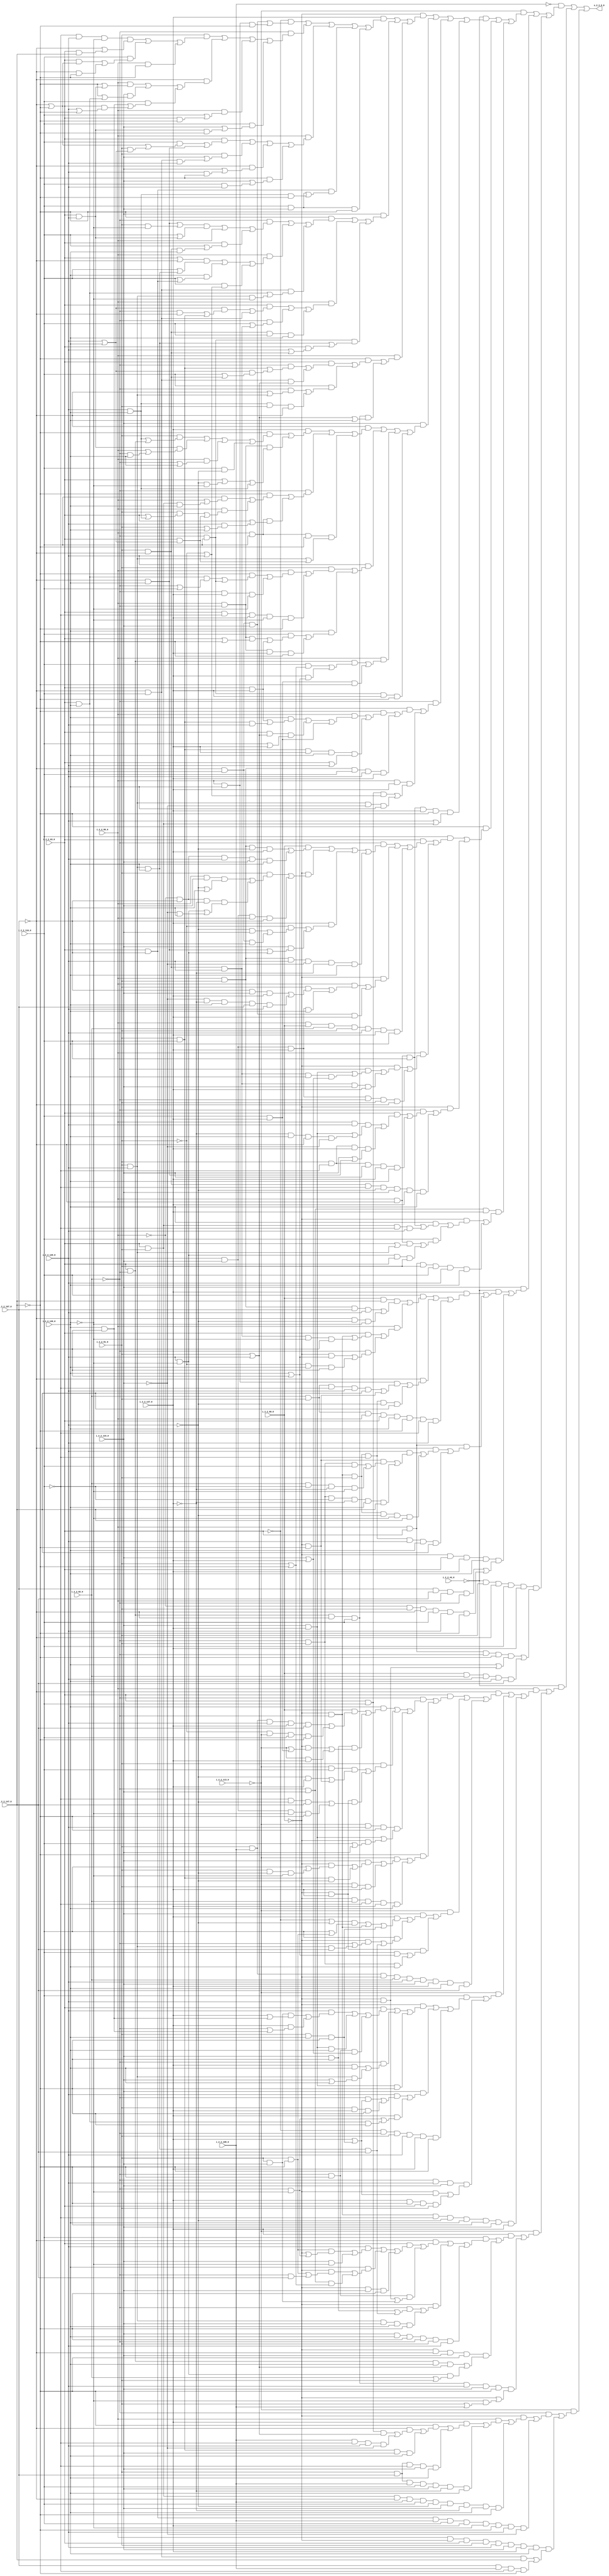
module kernel_2_2 ( 
    i_2_2_43_0, i_2_2_58_0, i_2_2_60_0, i_2_2_63_0, i_2_2_82_0, i_2_2_91_0,
    i_2_2_107_0, i_2_2_108_0, i_2_2_113_0, i_2_2_116_0, i_2_2_129_0,
    i_2_2_134_0, i_2_2_137_0, i_2_2_139_0, i_2_2_147_0,
    o_2_2_0_0  );
  input  i_2_2_43_0, i_2_2_58_0, i_2_2_60_0, i_2_2_63_0, i_2_2_82_0,
    i_2_2_91_0, i_2_2_107_0, i_2_2_108_0, i_2_2_113_0, i_2_2_116_0,
    i_2_2_129_0, i_2_2_134_0, i_2_2_137_0, i_2_2_139_0, i_2_2_147_0;
  output o_2_2_0_0;
  assign o_2_2_0_0 = (~i_2_2_108_0 & ((~i_2_2_113_0 & ((~i_2_2_43_0 & ((~i_2_2_60_0 & ((i_2_2_137_0 & ((~i_2_2_63_0 & ((~i_2_2_107_0 & i_2_2_129_0 & i_2_2_134_0) | (i_2_2_58_0 & i_2_2_139_0 & ~i_2_2_147_0))) | (~i_2_2_82_0 & ((i_2_2_91_0 & ((~i_2_2_116_0 & i_2_2_129_0 & ~i_2_2_139_0 & (~i_2_2_107_0 | (i_2_2_63_0 & i_2_2_147_0))) | (i_2_2_116_0 & ((i_2_2_63_0 & (~i_2_2_107_0 | ~i_2_2_147_0)) | (~i_2_2_107_0 & ~i_2_2_147_0))) | (i_2_2_58_0 & ~i_2_2_147_0))) | (~i_2_2_107_0 & ((i_2_2_58_0 & (~i_2_2_147_0 | (i_2_2_63_0 & i_2_2_129_0))) | (i_2_2_134_0 & (~i_2_2_147_0 | (i_2_2_63_0 & i_2_2_139_0))) | (i_2_2_116_0 & ((i_2_2_139_0 & ~i_2_2_147_0) | (i_2_2_63_0 & (i_2_2_129_0 | ~i_2_2_147_0)))))) | (i_2_2_58_0 & (i_2_2_116_0 | (i_2_2_63_0 & ~i_2_2_147_0))) | (i_2_2_116_0 & (i_2_2_134_0 | (i_2_2_63_0 & i_2_2_129_0 & ~i_2_2_147_0))))) | (i_2_2_58_0 & ((i_2_2_63_0 & ((i_2_2_116_0 & (~i_2_2_107_0 | ~i_2_2_147_0 | (i_2_2_91_0 & (i_2_2_129_0 | i_2_2_139_0)))) | (~i_2_2_107_0 & i_2_2_139_0))) | (i_2_2_91_0 & (i_2_2_134_0 | (~i_2_2_107_0 & i_2_2_116_0 & i_2_2_129_0))) | (~i_2_2_107_0 & (i_2_2_134_0 | (i_2_2_129_0 & ~i_2_2_147_0))) | (~i_2_2_147_0 & (i_2_2_134_0 | (i_2_2_116_0 & i_2_2_129_0))))) | (i_2_2_63_0 & ~i_2_2_107_0 & ((i_2_2_116_0 & i_2_2_134_0) | (i_2_2_129_0 & i_2_2_139_0 & ~i_2_2_147_0))) | (i_2_2_116_0 & i_2_2_134_0 & ~i_2_2_147_0))) | (i_2_2_134_0 & ((~i_2_2_147_0 & ((~i_2_2_82_0 & ((((~i_2_2_107_0 & i_2_2_139_0) | (i_2_2_91_0 & ~i_2_2_139_0)) & (i_2_2_116_0 | (i_2_2_63_0 & i_2_2_129_0))) | i_2_2_58_0 | (i_2_2_63_0 & (i_2_2_116_0 | (i_2_2_91_0 & ~i_2_2_107_0 & i_2_2_139_0))))) | (i_2_2_58_0 & (((i_2_2_63_0 | ~i_2_2_107_0) & (i_2_2_116_0 | (i_2_2_91_0 & i_2_2_129_0 & i_2_2_139_0))) | (i_2_2_139_0 & (i_2_2_116_0 | (i_2_2_63_0 & ~i_2_2_107_0))) | (i_2_2_116_0 & (~i_2_2_91_0 | i_2_2_129_0)))) | (~i_2_2_107_0 & i_2_2_116_0 & ((i_2_2_63_0 & i_2_2_139_0) | (i_2_2_91_0 & i_2_2_129_0 & ~i_2_2_139_0))))) | (i_2_2_58_0 & ((i_2_2_63_0 & (((i_2_2_129_0 | i_2_2_139_0) & ((~i_2_2_82_0 & ~i_2_2_107_0) | (i_2_2_91_0 & i_2_2_116_0))) | (~i_2_2_107_0 & i_2_2_116_0))) | (~i_2_2_82_0 & (i_2_2_116_0 | (i_2_2_91_0 & ~i_2_2_107_0 & i_2_2_129_0))) | (i_2_2_91_0 & ~i_2_2_107_0 & i_2_2_116_0 & i_2_2_139_0))) | (~i_2_2_82_0 & i_2_2_116_0 & ((i_2_2_91_0 & i_2_2_129_0 & i_2_2_139_0) | (i_2_2_63_0 & (i_2_2_129_0 | (i_2_2_91_0 & ~i_2_2_107_0))))))) | (i_2_2_58_0 & ((~i_2_2_147_0 & ((i_2_2_63_0 & ((~i_2_2_82_0 & ((i_2_2_91_0 & i_2_2_116_0) | ((i_2_2_129_0 | i_2_2_139_0) & (i_2_2_116_0 | (i_2_2_91_0 & ~i_2_2_107_0))))) | (~i_2_2_107_0 & i_2_2_116_0 & (i_2_2_91_0 | i_2_2_129_0)))) | (i_2_2_116_0 & ((~i_2_2_82_0 & (~i_2_2_107_0 | (i_2_2_91_0 & i_2_2_129_0))) | (i_2_2_129_0 & i_2_2_139_0 & i_2_2_91_0 & ~i_2_2_107_0))))) | (i_2_2_63_0 & ~i_2_2_82_0 & ~i_2_2_107_0 & i_2_2_116_0 & (i_2_2_91_0 | i_2_2_129_0 | i_2_2_139_0)))))) | (i_2_2_134_0 & ((~i_2_2_107_0 & ((i_2_2_137_0 & ((~i_2_2_147_0 & ((i_2_2_91_0 & ((i_2_2_129_0 & i_2_2_139_0) | (i_2_2_63_0 & ~i_2_2_82_0))) | (i_2_2_63_0 & i_2_2_129_0 & (i_2_2_58_0 | (~i_2_2_82_0 & i_2_2_139_0))) | (i_2_2_58_0 & (~i_2_2_82_0 | i_2_2_139_0)) | (i_2_2_116_0 & ~i_2_2_129_0))) | (i_2_2_58_0 & ~i_2_2_82_0 & (i_2_2_63_0 | (~i_2_2_129_0 & ~i_2_2_139_0) | (i_2_2_129_0 & i_2_2_139_0))))) | (~i_2_2_82_0 & ((~i_2_2_147_0 & ((i_2_2_116_0 & (i_2_2_58_0 | (i_2_2_63_0 & i_2_2_91_0 & i_2_2_139_0))) | (i_2_2_58_0 & ((i_2_2_91_0 & (i_2_2_63_0 | (i_2_2_129_0 & i_2_2_139_0))) | (i_2_2_63_0 & (i_2_2_129_0 | i_2_2_139_0)))))) | (i_2_2_58_0 & i_2_2_116_0 & (i_2_2_63_0 | (i_2_2_129_0 & (i_2_2_91_0 | i_2_2_139_0)))))) | (i_2_2_58_0 & i_2_2_116_0 & ~i_2_2_147_0 & ((i_2_2_91_0 & i_2_2_129_0) | (i_2_2_63_0 & (i_2_2_129_0 | i_2_2_139_0)))))) | (i_2_2_129_0 & ((i_2_2_91_0 & ((i_2_2_58_0 & ((~i_2_2_147_0 & ((i_2_2_63_0 & i_2_2_139_0 & (~i_2_2_82_0 | i_2_2_116_0)) | (~i_2_2_82_0 & i_2_2_116_0))) | (~i_2_2_82_0 & i_2_2_137_0 & ~i_2_2_139_0))) | (i_2_2_63_0 & ~i_2_2_116_0 & i_2_2_137_0 & ~i_2_2_139_0 & ~i_2_2_147_0))) | (i_2_2_139_0 & ((i_2_2_116_0 & ((i_2_2_58_0 & ~i_2_2_82_0 & (i_2_2_63_0 | ~i_2_2_147_0)) | (i_2_2_63_0 & i_2_2_137_0))) | (i_2_2_58_0 & ~i_2_2_82_0 & i_2_2_137_0 & ~i_2_2_147_0))))) | (i_2_2_58_0 & ((i_2_2_63_0 & ~i_2_2_82_0 & ((i_2_2_116_0 & (i_2_2_91_0 | ~i_2_2_147_0)) | (i_2_2_137_0 & (i_2_2_139_0 | ~i_2_2_147_0)))) | (i_2_2_116_0 & i_2_2_137_0 & ~i_2_2_147_0))) | (~i_2_2_82_0 & i_2_2_116_0 & i_2_2_137_0 & ~i_2_2_147_0))) | (~i_2_2_82_0 & ((~i_2_2_107_0 & ((~i_2_2_147_0 & ((i_2_2_58_0 & ((i_2_2_139_0 & ((i_2_2_63_0 & i_2_2_137_0) | (i_2_2_91_0 & i_2_2_116_0 & i_2_2_129_0))) | (i_2_2_63_0 & (i_2_2_91_0 | i_2_2_129_0) & (i_2_2_116_0 | i_2_2_137_0)) | (i_2_2_116_0 & i_2_2_137_0))) | (i_2_2_91_0 & i_2_2_116_0 & i_2_2_137_0 & i_2_2_139_0 & (i_2_2_63_0 | i_2_2_129_0)))) | (i_2_2_58_0 & i_2_2_91_0 & i_2_2_116_0 & i_2_2_129_0 & i_2_2_137_0))) | (i_2_2_58_0 & i_2_2_137_0 & ((i_2_2_63_0 & i_2_2_116_0 & (~i_2_2_91_0 | i_2_2_129_0)) | (i_2_2_91_0 & i_2_2_129_0 & ~i_2_2_134_0 & i_2_2_139_0))))) | (i_2_2_58_0 & ~i_2_2_107_0 & i_2_2_116_0 & i_2_2_137_0 & ~i_2_2_147_0 & (i_2_2_129_0 | (i_2_2_63_0 & i_2_2_91_0))))) | (~i_2_2_147_0 & ((i_2_2_116_0 & ((i_2_2_63_0 & ((~i_2_2_82_0 & ((i_2_2_60_0 & ((i_2_2_58_0 & i_2_2_91_0 & ~i_2_2_129_0 & i_2_2_137_0) | (~i_2_2_58_0 & ~i_2_2_107_0 & i_2_2_129_0 & i_2_2_134_0 & i_2_2_139_0))) | (~i_2_2_60_0 & ((i_2_2_91_0 & ((i_2_2_58_0 & i_2_2_134_0 & (~i_2_2_129_0 | i_2_2_139_0)) | (~i_2_2_58_0 & ~i_2_2_107_0 & ~i_2_2_137_0 & ((i_2_2_129_0 & ~i_2_2_139_0) | (~i_2_2_134_0 & i_2_2_139_0))))) | (i_2_2_129_0 & i_2_2_134_0 & i_2_2_58_0 & ~i_2_2_107_0))) | (i_2_2_137_0 & ((~i_2_2_91_0 & ((~i_2_2_129_0 & i_2_2_134_0) | (~i_2_2_107_0 & i_2_2_129_0 & i_2_2_139_0))) | (i_2_2_134_0 & ((~i_2_2_107_0 & i_2_2_139_0) | (i_2_2_129_0 & ~i_2_2_139_0))))) | (i_2_2_58_0 & i_2_2_91_0 & i_2_2_129_0 & ~i_2_2_134_0 & ~i_2_2_137_0 & i_2_2_139_0))) | (~i_2_2_60_0 & ((i_2_2_58_0 & ((i_2_2_91_0 & ((~i_2_2_107_0 & i_2_2_134_0 & i_2_2_137_0) | (~i_2_2_134_0 & ~i_2_2_137_0 & i_2_2_139_0 & i_2_2_107_0 & i_2_2_129_0))) | (i_2_2_129_0 & i_2_2_134_0 & i_2_2_137_0 & i_2_2_139_0))) | (~i_2_2_107_0 & i_2_2_129_0 & i_2_2_134_0 & i_2_2_137_0))) | (i_2_2_58_0 & i_2_2_60_0 & i_2_2_82_0 & i_2_2_91_0 & i_2_2_129_0 & i_2_2_137_0 & i_2_2_139_0))) | (i_2_2_58_0 & ((~i_2_2_60_0 & ((~i_2_2_82_0 & ((i_2_2_134_0 & i_2_2_137_0) | (i_2_2_91_0 & ~i_2_2_107_0 & i_2_2_129_0 & i_2_2_139_0 & (i_2_2_134_0 | i_2_2_137_0)))) | (i_2_2_91_0 & ~i_2_2_107_0 & i_2_2_129_0 & i_2_2_134_0 & i_2_2_137_0))) | (i_2_2_129_0 & i_2_2_134_0 & i_2_2_137_0 & ~i_2_2_82_0 & i_2_2_91_0 & ~i_2_2_107_0))))) | (~i_2_2_60_0 & ((~i_2_2_82_0 & ((i_2_2_63_0 & ((i_2_2_58_0 & i_2_2_129_0 & ((i_2_2_134_0 & i_2_2_137_0) | (~i_2_2_137_0 & i_2_2_139_0 & ~i_2_2_107_0 & ~i_2_2_134_0))) | (i_2_2_91_0 & ~i_2_2_116_0 & i_2_2_137_0 & (i_2_2_134_0 | (~i_2_2_107_0 & i_2_2_139_0))))) | (i_2_2_91_0 & ~i_2_2_116_0 & i_2_2_134_0 & i_2_2_137_0 & i_2_2_139_0))) | (i_2_2_91_0 & ~i_2_2_107_0 & ~i_2_2_116_0 & ~i_2_2_129_0 & i_2_2_134_0 & i_2_2_137_0 & i_2_2_139_0))))) | (~i_2_2_82_0 & i_2_2_134_0 & i_2_2_137_0 & ((~i_2_2_60_0 & ((i_2_2_139_0 & ((i_2_2_58_0 & ~i_2_2_107_0 & i_2_2_116_0) | (i_2_2_63_0 & i_2_2_91_0 & ~i_2_2_116_0 & i_2_2_129_0))) | (i_2_2_116_0 & ((i_2_2_58_0 & ~i_2_2_107_0 & (i_2_2_63_0 | (i_2_2_91_0 & i_2_2_129_0))) | (i_2_2_129_0 & ~i_2_2_139_0 & i_2_2_63_0 & i_2_2_91_0))))) | (i_2_2_58_0 & i_2_2_63_0 & i_2_2_91_0 & i_2_2_116_0 & i_2_2_129_0 & i_2_2_139_0))))) | (i_2_2_134_0 & ((~i_2_2_43_0 & ((i_2_2_137_0 & ((i_2_2_116_0 & ((i_2_2_60_0 & i_2_2_147_0 & ((i_2_2_58_0 & i_2_2_91_0 & i_2_2_107_0 & i_2_2_129_0) | (~i_2_2_107_0 & ~i_2_2_129_0 & ~i_2_2_139_0))) | (i_2_2_58_0 & ((i_2_2_63_0 & ((~i_2_2_60_0 & ~i_2_2_82_0) | (i_2_2_91_0 & ~i_2_2_107_0 & i_2_2_129_0 & ~i_2_2_139_0 & ~i_2_2_147_0))) | (~i_2_2_82_0 & ((~i_2_2_60_0 & (i_2_2_139_0 | ~i_2_2_147_0)) | (~i_2_2_91_0 & i_2_2_139_0 & ~i_2_2_147_0))))))) | (~i_2_2_107_0 & ((i_2_2_58_0 & i_2_2_139_0 & ((i_2_2_82_0 & i_2_2_91_0 & ~i_2_2_116_0 & i_2_2_129_0 & i_2_2_147_0) | (~i_2_2_60_0 & ~i_2_2_147_0))) | (~i_2_2_60_0 & ~i_2_2_82_0 & i_2_2_91_0 & ~i_2_2_116_0 & ~i_2_2_129_0 & i_2_2_147_0))) | (i_2_2_82_0 & i_2_2_91_0 & i_2_2_58_0 & i_2_2_63_0 & i_2_2_139_0 & ~i_2_2_147_0 & ~i_2_2_116_0 & i_2_2_129_0))) | (i_2_2_58_0 & i_2_2_63_0 & ((~i_2_2_107_0 & ((i_2_2_129_0 & ((~i_2_2_60_0 & ~i_2_2_147_0 & ((~i_2_2_82_0 & i_2_2_91_0 & i_2_2_116_0) | (i_2_2_82_0 & ~i_2_2_116_0 & ~i_2_2_137_0 & ~i_2_2_139_0))) | (~i_2_2_82_0 & i_2_2_91_0 & ~i_2_2_116_0 & ~i_2_2_137_0 & i_2_2_139_0 & i_2_2_147_0))) | (~i_2_2_60_0 & ~i_2_2_82_0 & i_2_2_91_0 & ~i_2_2_129_0 & ~i_2_2_139_0 & i_2_2_147_0))) | (~i_2_2_60_0 & ~i_2_2_82_0 & i_2_2_91_0 & ~i_2_2_116_0 & i_2_2_129_0 & i_2_2_139_0 & i_2_2_147_0))))) | (~i_2_2_60_0 & i_2_2_63_0 & i_2_2_137_0 & i_2_2_139_0 & ((i_2_2_107_0 & i_2_2_147_0 & i_2_2_58_0 & ~i_2_2_82_0) | (~i_2_2_58_0 & i_2_2_91_0 & ~i_2_2_107_0 & i_2_2_116_0 & i_2_2_129_0 & ~i_2_2_147_0))))) | (~i_2_2_43_0 & i_2_2_91_0 & ~i_2_2_107_0 & i_2_2_116_0 & i_2_2_137_0 & ((i_2_2_58_0 & i_2_2_63_0 & ~i_2_2_82_0 & ~i_2_2_147_0 & (i_2_2_139_0 | (~i_2_2_60_0 & i_2_2_129_0))) | (i_2_2_60_0 & i_2_2_82_0 & i_2_2_129_0 & i_2_2_139_0 & i_2_2_147_0))))) | (~i_2_2_43_0 & ((i_2_2_58_0 & ((~i_2_2_107_0 & ((i_2_2_63_0 & ((~i_2_2_82_0 & ((i_2_2_139_0 & ((i_2_2_60_0 & ((i_2_2_91_0 & i_2_2_108_0 & i_2_2_129_0 & i_2_2_137_0 & i_2_2_147_0) | (~i_2_2_91_0 & ~i_2_2_113_0 & i_2_2_116_0 & ~i_2_2_147_0))) | (i_2_2_134_0 & ~i_2_2_147_0 & ((~i_2_2_60_0 & (~i_2_2_113_0 | (i_2_2_116_0 & i_2_2_137_0))) | (~i_2_2_113_0 & i_2_2_137_0))))) | (i_2_2_91_0 & ((~i_2_2_113_0 & i_2_2_116_0 & ((~i_2_2_129_0 & i_2_2_137_0) | (~i_2_2_60_0 & ~i_2_2_147_0))) | (~i_2_2_60_0 & i_2_2_137_0 & ((~i_2_2_116_0 & ~i_2_2_129_0 & i_2_2_147_0) | (i_2_2_129_0 & i_2_2_134_0 & ~i_2_2_139_0 & ~i_2_2_147_0))))) | (~i_2_2_113_0 & i_2_2_129_0 & ~i_2_2_147_0 & ((i_2_2_134_0 & i_2_2_137_0) | (~i_2_2_60_0 & (i_2_2_116_0 | i_2_2_134_0)))))) | (~i_2_2_147_0 & ((~i_2_2_113_0 & ((i_2_2_134_0 & ((~i_2_2_60_0 & (i_2_2_116_0 | (i_2_2_91_0 & ~i_2_2_129_0 & ~i_2_2_139_0))) | (i_2_2_91_0 & i_2_2_116_0 & ~i_2_2_129_0))) | (~i_2_2_60_0 & i_2_2_91_0 & i_2_2_137_0))) | (~i_2_2_60_0 & i_2_2_82_0 & ~i_2_2_116_0 & i_2_2_137_0 & i_2_2_139_0))))) | (~i_2_2_113_0 & ((i_2_2_134_0 & ((i_2_2_137_0 & (((~i_2_2_63_0 | ~i_2_2_129_0) & (i_2_2_116_0 | (i_2_2_91_0 & ~i_2_2_147_0))) | (~i_2_2_60_0 & ~i_2_2_82_0) | (i_2_2_91_0 & i_2_2_139_0 & ~i_2_2_147_0))) | (i_2_2_116_0 & ((~i_2_2_60_0 & (~i_2_2_82_0 | (i_2_2_91_0 & i_2_2_129_0 & i_2_2_147_0))) | (i_2_2_91_0 & i_2_2_129_0 & i_2_2_139_0 & i_2_2_147_0))))) | (~i_2_2_60_0 & i_2_2_137_0 & ((i_2_2_116_0 & (i_2_2_139_0 | ~i_2_2_147_0)) | (~i_2_2_82_0 & i_2_2_91_0 & i_2_2_139_0))))) | (i_2_2_91_0 & i_2_2_108_0 & ~i_2_2_60_0 & i_2_2_82_0 & i_2_2_129_0 & i_2_2_134_0 & i_2_2_137_0 & i_2_2_139_0 & i_2_2_147_0))) | (~i_2_2_113_0 & ((i_2_2_116_0 & ((~i_2_2_60_0 & ((i_2_2_63_0 & ((i_2_2_129_0 & ((i_2_2_91_0 & i_2_2_134_0 & (i_2_2_137_0 | (i_2_2_139_0 & ~i_2_2_147_0))) | (i_2_2_137_0 & (~i_2_2_82_0 | (i_2_2_139_0 & ~i_2_2_147_0))))) | (i_2_2_134_0 & i_2_2_137_0 & i_2_2_139_0) | (~i_2_2_82_0 & ~i_2_2_147_0 & (i_2_2_134_0 | i_2_2_137_0)))) | (~i_2_2_82_0 & ((i_2_2_137_0 & i_2_2_139_0) | (i_2_2_91_0 & i_2_2_129_0 & (i_2_2_134_0 | i_2_2_139_0)))) | (i_2_2_134_0 & i_2_2_137_0 & ~i_2_2_147_0))) | (i_2_2_134_0 & ((i_2_2_129_0 & ((~i_2_2_82_0 & (i_2_2_137_0 | (i_2_2_91_0 & i_2_2_139_0 & ~i_2_2_147_0))) | (i_2_2_91_0 & i_2_2_137_0 & ~i_2_2_147_0))) | (i_2_2_137_0 & ((~i_2_2_82_0 & ~i_2_2_139_0) | (i_2_2_63_0 & i_2_2_139_0 & ~i_2_2_147_0))))) | (~i_2_2_63_0 & ~i_2_2_82_0 & i_2_2_91_0 & i_2_2_129_0 & i_2_2_137_0 & ~i_2_2_147_0))) | (~i_2_2_82_0 & i_2_2_129_0 & i_2_2_134_0 & ((~i_2_2_60_0 & (i_2_2_137_0 | (i_2_2_91_0 & i_2_2_139_0 & ~i_2_2_147_0))) | (i_2_2_137_0 & ~i_2_2_147_0 & i_2_2_63_0 & i_2_2_91_0))))) | (~i_2_2_60_0 & ~i_2_2_82_0 & ~i_2_2_116_0 & ~i_2_2_129_0 & i_2_2_139_0 & ~i_2_2_147_0 & i_2_2_134_0 & i_2_2_137_0))) | (~i_2_2_113_0 & ((i_2_2_137_0 & ((i_2_2_116_0 & ((~i_2_2_107_0 & ((i_2_2_63_0 & ((i_2_2_129_0 & ((i_2_2_91_0 & ~i_2_2_147_0 & (~i_2_2_60_0 | (~i_2_2_82_0 & ~i_2_2_139_0))) | (i_2_2_134_0 & ~i_2_2_139_0))) | (i_2_2_139_0 & ((~i_2_2_60_0 & ((i_2_2_91_0 & ~i_2_2_147_0) | (~i_2_2_82_0 & i_2_2_147_0))) | (~i_2_2_82_0 & i_2_2_134_0 & (i_2_2_91_0 | ~i_2_2_147_0)))) | (~i_2_2_60_0 & i_2_2_134_0 & ~i_2_2_147_0))) | (~i_2_2_82_0 & ~i_2_2_147_0 & ((~i_2_2_60_0 & i_2_2_129_0) | (i_2_2_91_0 & i_2_2_134_0))))) | (~i_2_2_60_0 & ((~i_2_2_82_0 & ((i_2_2_134_0 & ~i_2_2_147_0) | (i_2_2_91_0 & i_2_2_129_0 & i_2_2_139_0 & i_2_2_147_0))) | (i_2_2_91_0 & i_2_2_129_0 & i_2_2_134_0 & i_2_2_139_0 & ~i_2_2_147_0))) | (i_2_2_134_0 & i_2_2_139_0 & ~i_2_2_147_0 & ~i_2_2_82_0 & i_2_2_91_0 & i_2_2_129_0))) | (~i_2_2_60_0 & ~i_2_2_107_0 & i_2_2_134_0 & ~i_2_2_147_0 & ((i_2_2_63_0 & ~i_2_2_82_0 & i_2_2_139_0 & (i_2_2_91_0 | i_2_2_129_0)) | (i_2_2_129_0 & ~i_2_2_139_0 & (i_2_2_82_0 | i_2_2_91_0)))))) | (i_2_2_63_0 & ~i_2_2_82_0 & ~i_2_2_107_0 & i_2_2_116_0 & i_2_2_129_0 & i_2_2_134_0 & ~i_2_2_147_0 & (~i_2_2_60_0 | (~i_2_2_139_0 & (i_2_2_91_0 | i_2_2_108_0)))))))) | (~i_2_2_113_0 & ((~i_2_2_82_0 & ((~i_2_2_60_0 & ((i_2_2_58_0 & ((i_2_2_137_0 & ((~i_2_2_147_0 & ((~i_2_2_107_0 & ((i_2_2_63_0 & i_2_2_116_0 & (i_2_2_91_0 | i_2_2_129_0)) | (i_2_2_108_0 & ~i_2_2_116_0 & i_2_2_129_0 & ~i_2_2_134_0))) | (i_2_2_91_0 & i_2_2_116_0 & i_2_2_134_0 & i_2_2_139_0))) | (i_2_2_91_0 & i_2_2_107_0 & ~i_2_2_116_0 & i_2_2_134_0 & i_2_2_139_0))) | (i_2_2_91_0 & i_2_2_107_0 & i_2_2_108_0 & i_2_2_116_0 & i_2_2_134_0 & ~i_2_2_137_0 & i_2_2_139_0))) | (i_2_2_63_0 & i_2_2_91_0 & ~i_2_2_107_0 & i_2_2_108_0 & i_2_2_116_0 & ~i_2_2_129_0 & i_2_2_134_0 & ~i_2_2_137_0 & i_2_2_139_0 & ~i_2_2_147_0))) | (i_2_2_63_0 & ~i_2_2_107_0 & i_2_2_108_0 & i_2_2_116_0 & i_2_2_137_0 & ~i_2_2_139_0 & ~i_2_2_147_0 & i_2_2_129_0 & ~i_2_2_134_0))) | (i_2_2_58_0 & ~i_2_2_60_0 & i_2_2_63_0 & i_2_2_91_0 & i_2_2_129_0 & i_2_2_134_0 & i_2_2_137_0 & i_2_2_139_0 & ((~i_2_2_107_0 & i_2_2_116_0 & i_2_2_147_0) | (i_2_2_107_0 & i_2_2_108_0 & ~i_2_2_116_0 & ~i_2_2_147_0)))));
endmodule